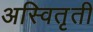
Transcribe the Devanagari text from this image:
अस्वितृती